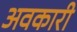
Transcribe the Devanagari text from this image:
अवकारी